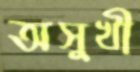
অসুখী